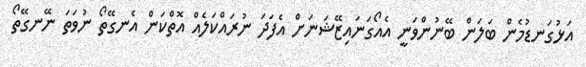
އަޅުގަނޑުމެން ބަލަން ބޭނުންވަނީ އެއޯގަނައިޒޭޝަނަށް އެފަދަ ނުރައްކަލެއް އޮތްކަން އެނގޭތޯ ނުވަތަ ނޭނގޭތޯ